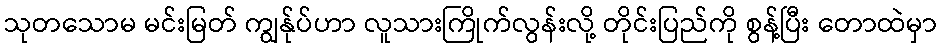
သုတသောမ မင်းမြတ် ကျွန်ုပ်ဟာ လူသားကြိုက်လွန်းလို့ တိုင်းပြည်ကို စွန့်ပြီး တောထဲမှာ